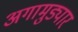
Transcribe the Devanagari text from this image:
अगामुड्यार